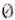
0